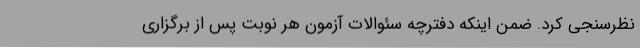
نظرسنجی کرد. ضمن اینکه دفترچه سئوالات آزمون هر نوبت پس از برگزاری